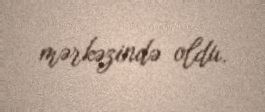
mərkəzində oldu.